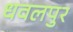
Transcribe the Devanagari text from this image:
धवलपुर